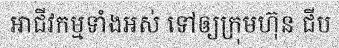
អាជីវកម្មទាំងអស់ ទៅឲ្យក្រុមហ៊ុន ជីប